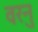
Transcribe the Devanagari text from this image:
वरनु